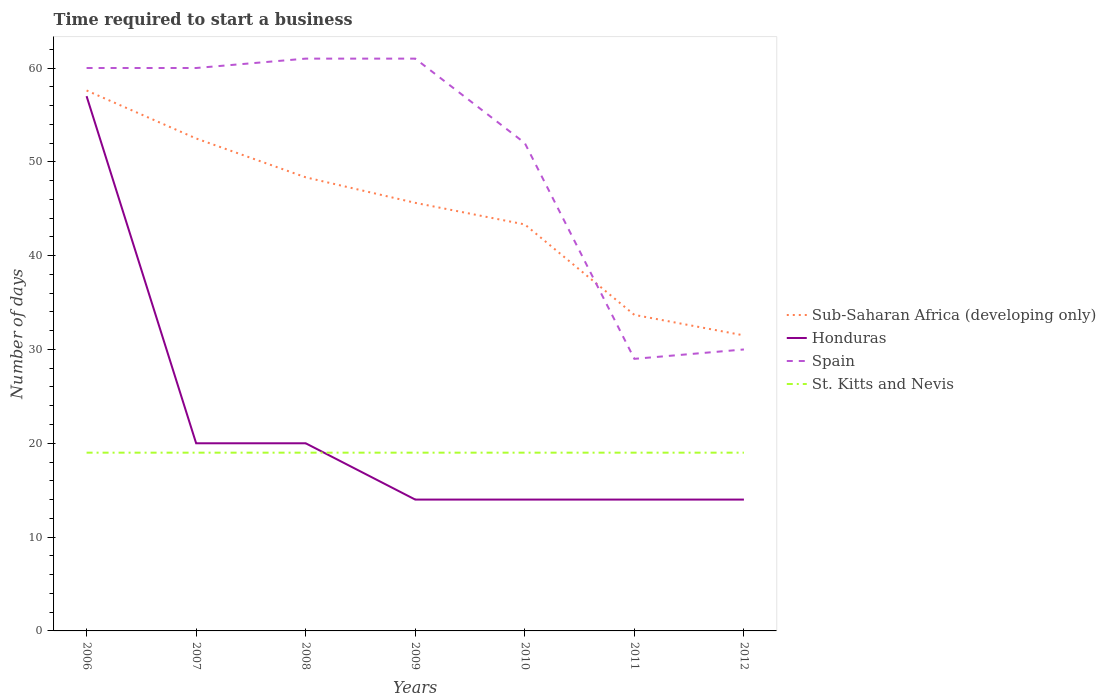
| Years | Sub-Saharan Africa (developing only) | Honduras | Spain | St. Kitts and Nevis |
 | --- | --- | --- | --- | --- |
 | 2006 | 57.6 | 57 | 60 | 19 |
 | 2007 | 52.5 | 20 | 60 | 19 |
 | 2008 | 48.3 | 20 | 61 | 19 |
 | 2009 | 45.6 | 14 | 61 | 19 |
 | 2010 | 43.3 | 14 | 52 | 19 |
 | 2011 | 33.7 | 14 | 29 | 19 |
 | 2012 | 31.5 | 14 | 30 | 19 |